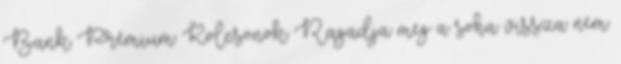
Bank Prémium Kölcsönök Ragadja meg a soha vissza nem